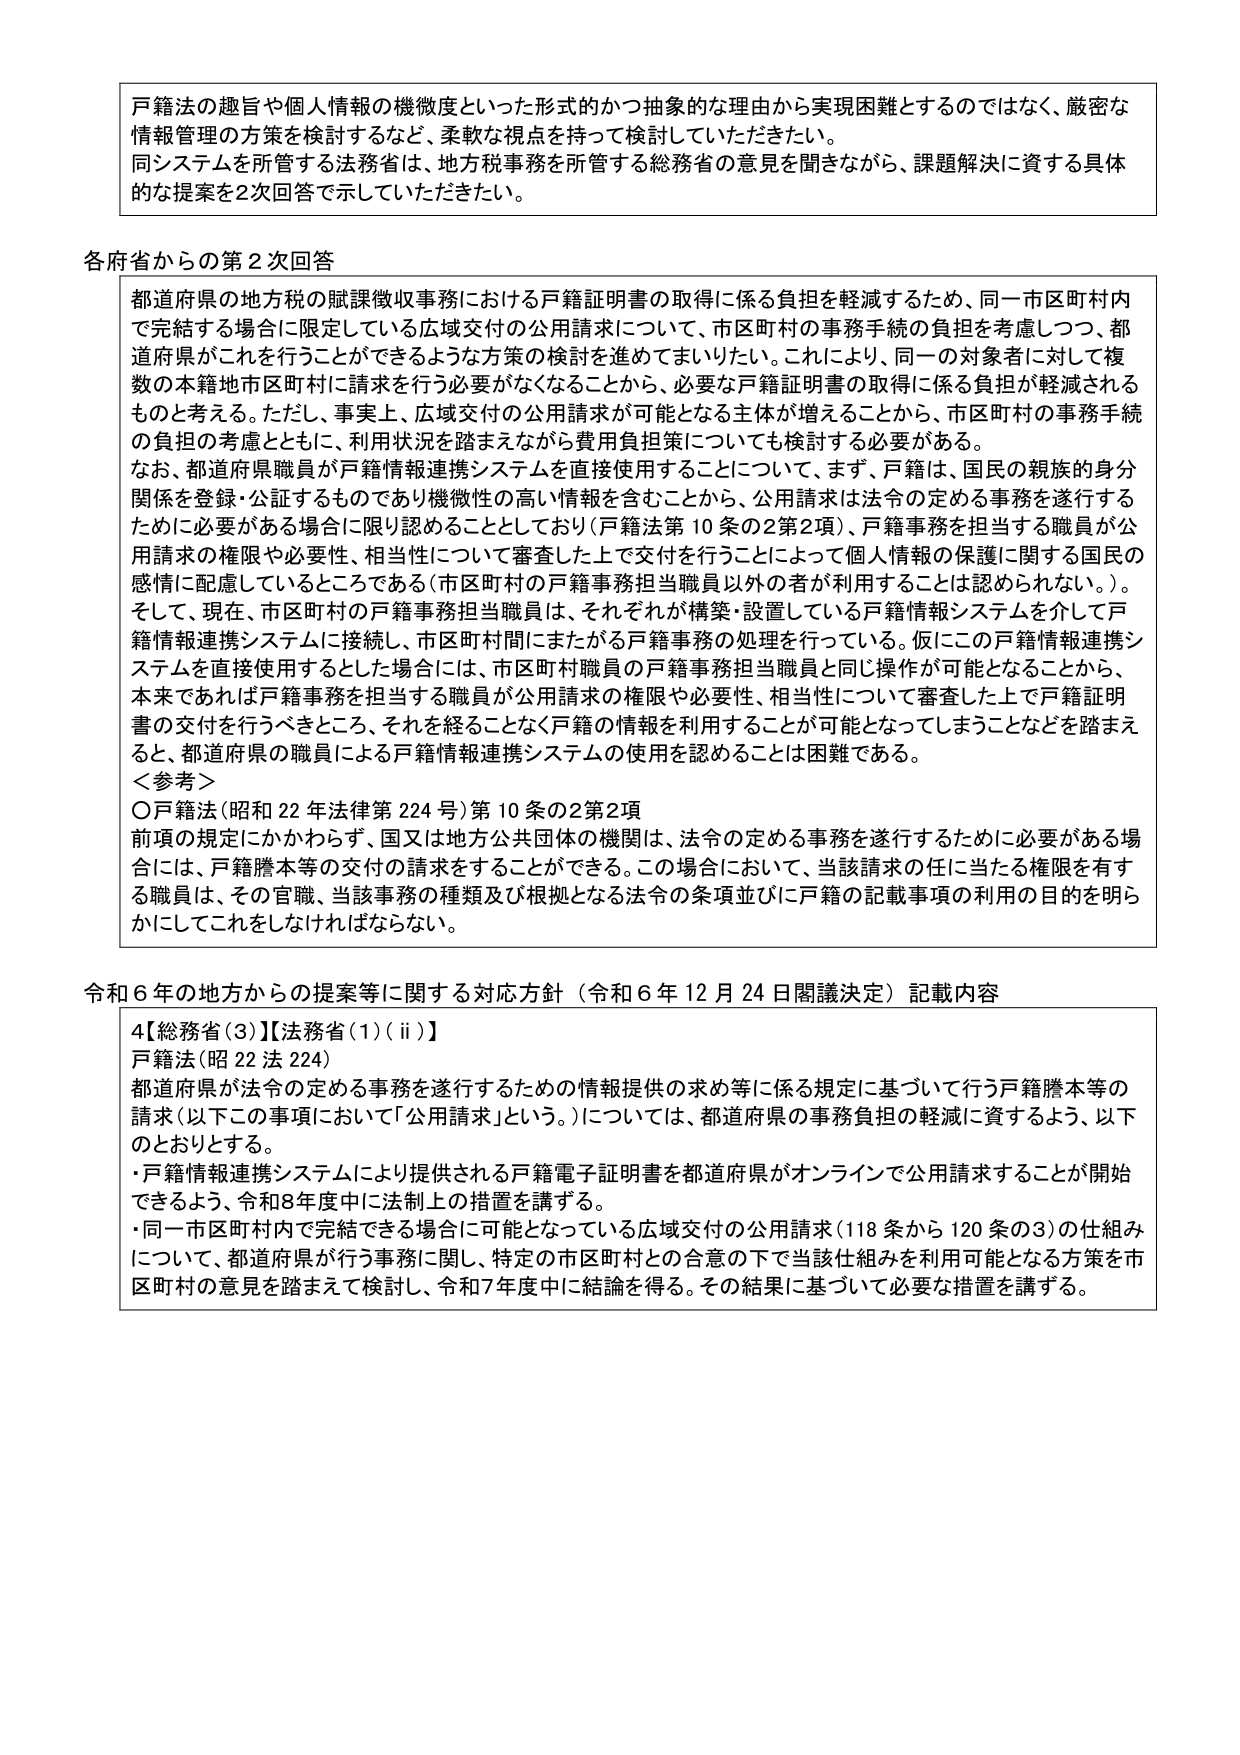
戸籍法の趣旨や個人情報の機微度といった形式的かつ抽象的な理由から実現困難とするのではなく、厳密な情報管理の方策を検討するなど、柔軟な視点を持って検討していただきたい。
同システムを所管する法務省は、地方税事務を所管する総務省の意見を聞きながら、課題解決に資する具体的な提案を2次回答で示していただきたい。

各府省からの第2次回答

都道府県の地方税の賦課徴収事務における戸籍証明書の取得に係る負担を軽減するため、同一市区町村内で完結する場合に限定している広域交付の公用請求について、市区町村の事務手続の負担を考慮しつつ、都道府県がこれを行うことができるような方策の検討を進めてまいりたい。これにより、同一の対象者に対して複数の本籍地市区町村に請求を行う必要がなくなることから、必要な戸籍証明書の取得に係る負担が軽減されるものと考える。ただし、事実上、広域交付の公用請求が可能となる主体が増えることから、市区町村の事務手続の負担の考慮とともに、利用状況を踏まえながら費用負担策についても検討する必要がある。

なお、都道府県職員が戸籍情報連携システムを直接使用することについて、まず、戸籍は、国民の親族の身分関係を登録・公証するものであり機微性の高い情報を含むことから、公用請求は法令の定める事務を遂行するために必要がある場合に限り認めることとしており（戸籍法第10条の2第2項）、戸籍事務を担当する職員が公用請求の権限や必要性、相当性について審査した上で交付を行うことによって個人情報の保護に関する国民の感情に配慮しているところである（市区町村の戸籍事務担当職員以外の者が利用することは認められない。）。

そして、現在、市区町村の戸籍事務担当職員は、それぞれが構築・設置している戸籍情報システムを介して戸籍情報連携システムに接続し、市区町村間にもたがる戸籍事務の処理を行っている。仮にこの戸籍情報連携システムを直接使用するとした場合には、市区町村職員の戸籍事務担当職員と同じ操作が可能となることから、本来であれば戸籍事務を担当する職員が公用請求の権限や必要性、相当性について審査した上で戸籍証明書の交付を行うべきところ、それを経ることなく戸籍の情報を利用することが可能となってしまうことなどを踏まえると、都道府県の職員による戸籍情報連携システムの使用を認めることは困難である。

＜参考＞
〇戸籍法（昭和22年法律第224号）第10条の2第2項
前項の規定にかかわらず、国又は地方公共団体の機関は、法令の定める事務を遂行するために必要がある場合には、戸籍謄本等の交付の請求をすることができる。この場合において、当該請求の任に当たる権限を有する職員は、その官職、当該事務の種類及び根拠となる法令の条項並びに戸籍の記載事項の利用の目的を明らかにしてこれをしなければならない。

令和6年の地方からの提案等に関する対応方針（令和6年12月24日閣議決定）記載内容

4【総務省（3）】【法務省（1）（ⅱ）】
戸籍法（昭22法224）
都道府県が法令の定める事務を遂行するための情報提供の求め等に係る規定に基づいて行う戸籍謄本等の請求（以下この事項において「公用請求」という。）については、都道府県の事務負担の軽減に資するよう、以下のとおりとする。
・戸籍情報連携システムにより提供される戸籍電子証明書を都道府県がオンラインで公用請求することが開始できるよう、令和8年度中に法制上の措置を講ずる。
・同一市区町村内で完結できる場合に可能となっている広域交付の公用請求（118条から120条の3）の仕組みについて、都道府県が行う事務に関し、特定の市区町村との合意の下で当該仕組みを利用可能となる方策を市区町村の意見を踏まえて検討し、令和7年度中に結論を得る。その結果に基づいて必要な措置を講ずる。